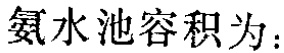
氨水池容积为：